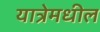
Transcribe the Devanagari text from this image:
यात्रेमधील